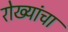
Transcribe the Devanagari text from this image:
रोख्यांचा